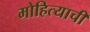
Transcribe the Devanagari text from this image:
मोहित्याची